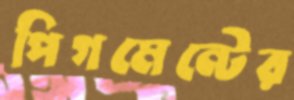
পিগমেন্টের